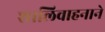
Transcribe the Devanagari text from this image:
शालिवाहनाने